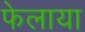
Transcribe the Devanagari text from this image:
फेलाया